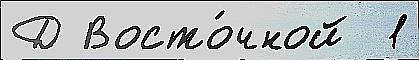
Д Восто́чной  1